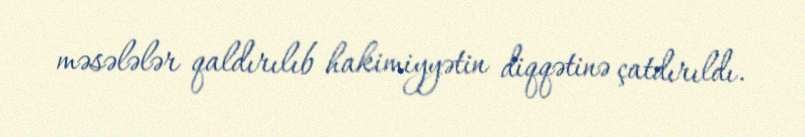
məsələlər qaldırılıb hakimiyyətin diqqətinə çatdırıldı.